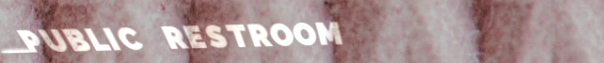
PUBLIC RESTROOM